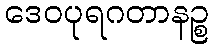
ဒေဝပုရဂတာနဉ္စ